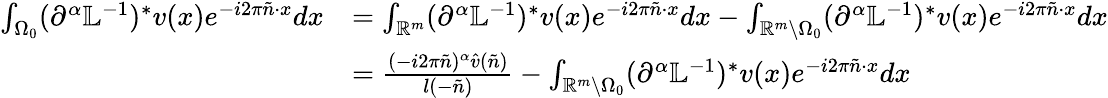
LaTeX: \begin{array}{rl}{\int_{{\Omega_{0}}}(\partial^{\alpha}\mathbb{L}^{-1})^{*}v(x)e^{-i2\pi\tilde{n}\cdot x}dx}&{=\int_{\mathbb{R}^{m}}(\partial^{\alpha}\mathbb{L}^{-1})^{*}v(x)e^{-i2\pi\tilde{n}\cdot x}dx-\int_{\mathbb{R}^{m}\setminus{\Omega_{0}}}(\partial^{\alpha}\mathbb{L}^{-1})^{*}v(x)e^{-i2\pi\tilde{n}\cdot x}dx}\\ &{=\frac{(-i2\pi\tilde{n})^{\alpha}\hat{v}(\tilde{n})}{{l(-\tilde{n})}}-\int_{\mathbb{R}^{m}\setminus{\Omega_{0}}}(\partial^{\alpha}\mathbb{L}^{-1})^{*}v(x)e^{-i2\pi\tilde{n}\cdot x}dx}\end{array}